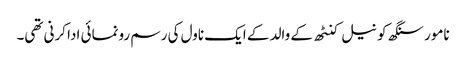
نامور سنگھ کو نیل کنٹھ کے والد کے ایک ناول کی رسم رونمائی ادا کرنی تھی۔